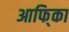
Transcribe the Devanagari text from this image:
आफि्का